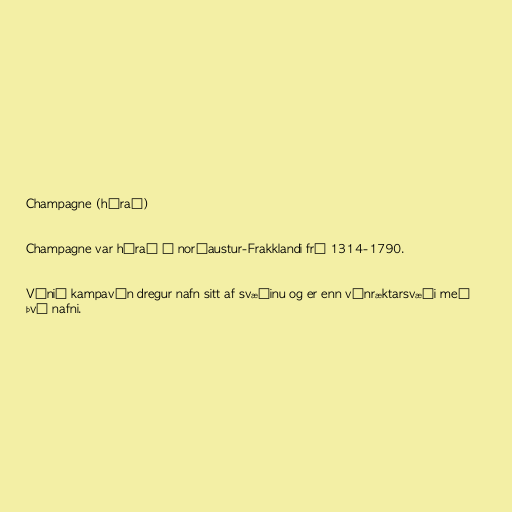
Champagne (hérað)

Champagne var hérað í norðaustur-Frakklandi frá 1314-1790.

Vínið kampavín dregur nafn sitt af svæðinu og er enn vínræktarsvæði með
því nafni.